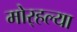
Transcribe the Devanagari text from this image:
मोर्‍हल्या